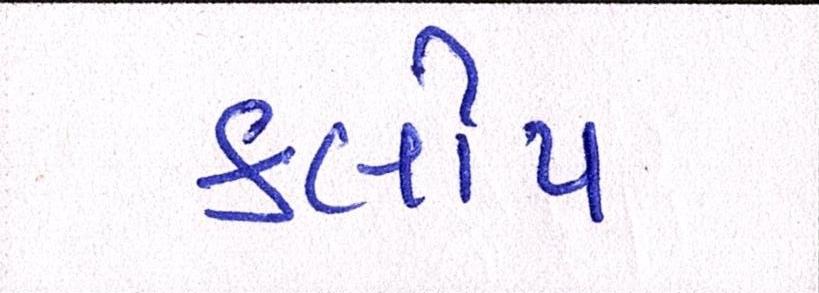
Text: કલીપ